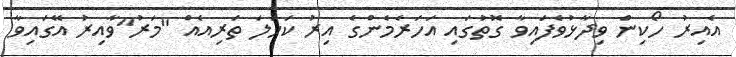
އެއިރު ހޯކިން ވިދާޅުވެފައިވާ ގޮތުގައި އަހަރެމެންގެ އިރު ކަހަލަ ތަރިއެއް "މަރު"ވާއިރު އޭގައިވާ